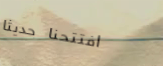
افتتحنا حديثاً